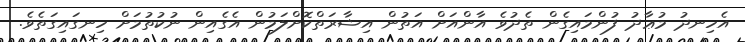
އެހިނދު މުޢާދު ފުންމައިގެން ތެދުވެ އާންއަށް އަތުން އިޝާރަތްކޮށްލަމުން އެގެއިން ނުކުތުމަށް ހިނގައިގަތެވެ.